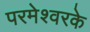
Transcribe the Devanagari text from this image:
परमेश्वरके